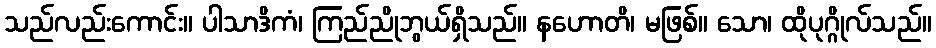
သည်လည်းကောင်း။ ပါသာဒိကံ၊ ကြည်ညိုဘွယ်ရှိသည်။ နဟောတိ၊ မဖြစ်။ သော၊ ထိုပုဂ္ဂိုလ်သည်။